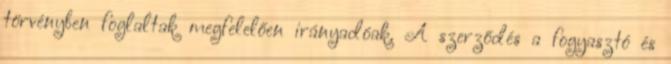
törvényben foglaltak megfelelően irányadóak. A szerződés a fogyasztó és